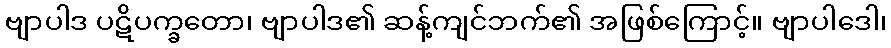
ဗျာပါဒ ပဋိပက္ခတော၊ ဗျာပါဒ၏ ဆန့်ကျင်ဘက်၏ အဖြစ်ကြောင့်။ ဗျာပါဒေါ၊